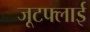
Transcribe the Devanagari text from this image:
जूटफ्लाई